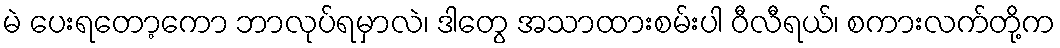
မဲ ပေးရတော့ကော ဘာလုပ်ရမှာလဲ၊ ဒါတွေ အသာထားစမ်းပါ ဝီလီရယ်၊ စကားလက်တို့က